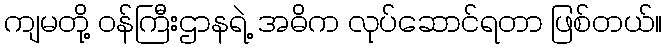
ကျမတို့ ဝန်ကြီးဌာနရဲ့ အဓိက လုပ်ဆောင်ရတာ ဖြစ်တယ်။